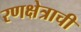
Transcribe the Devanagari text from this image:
रणक्षेत्राची